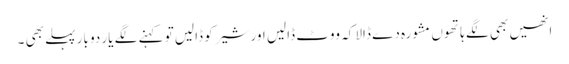
انھیں بھی لگے ہاتھوں مشورہ دے ڈالا کہ ووٹ ڈالیں اور شیر کو ڈالیں تو کہنے لگے یار دو بار پہلے بھی ۔